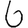
Digit: 6